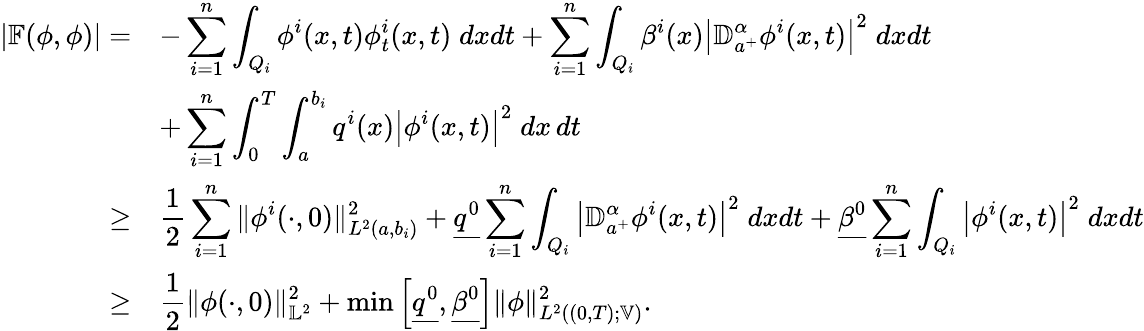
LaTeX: \begin{array}{rl}{\left|\mathbb{F}(\phi,\phi)\right|=}&{-\displaystyle\sum_{i=1}^{n}\int_{Q_{i}}\phi^{i}(x,t)\phi_{t}^{i}(x,t)\; dxdt+\displaystyle\sum_{i=1}^{n}\int_{Q_{i}}\beta^{i}(x)\left|{\mathbb D}_{a^{+}}^{\alpha}\phi^{i}(x,t)\right|^{2}\; dxdt}\\ &{+\displaystyle\sum_{i=1}^{n}\int_{0}^{T}\int_{a}^{b_{i}}q^{i}(x)\left|\phi^{i}(x,t)\right|^{2}\; dx\, dt}\\ {\geq}&{\displaystyle\frac 12\sum_{i=1}^{n}\| \phi^{i}(\cdot,0)\| _{L^{2}(a,b_{i})}^{2}+\displaystyle\underline{{q^{0}}}\sum_{i=1}^{n}\int_{Q_{i}}\left|{\mathbb D}_{a^{+}}^{\alpha}\phi^{i}(x,t)\right|^{2}\; dxdt+\displaystyle\underline{{\beta^{0}}}\sum_{i=1}^{n}\int_{Q_{i}}\left|\phi^{i}(x,t)\right|^{2}\; dxdt}\\ {\geq}&{\displaystyle\frac 12\| \phi(\cdot,0)\| _{\mathbb{L}^{2}}^{2}+\displaystyle\operatorname*{min}\left[\underline{{q^{0}}},\underline{{\beta^{0}}}\right]\displaystyle\| \phi\| _{L^{2}((0,T);\mathbb{V})}^{2}.}\end{array}